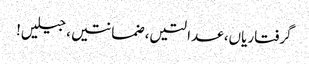
گرفتاریاں، عدالتیں، ضمانتیں، جیلیں!